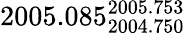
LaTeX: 2005.085_{2004.750}^{2005.753}